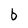
Character: b